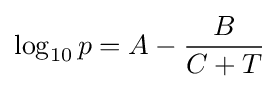
\log _{10}p=A-{\frac {B}{C+T}}